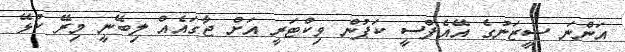
އަންނަ ސީޒަނުގެ އޭއެފްސީ ކަޕުން ވިކްޓަރީ އަށް ޖާގައެއް ލިބޭނީ މިރޭ ކުޅޭ